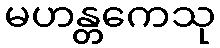
မဟန္တကေသု